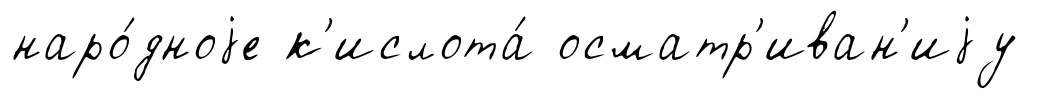
наро́дноjе к'ислота́ осматр'иван'иjу